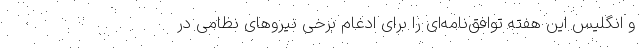
و انگلیس این هفته توافق‌نامه‌ای را برای ادغام برخی نیروهای نظامی در